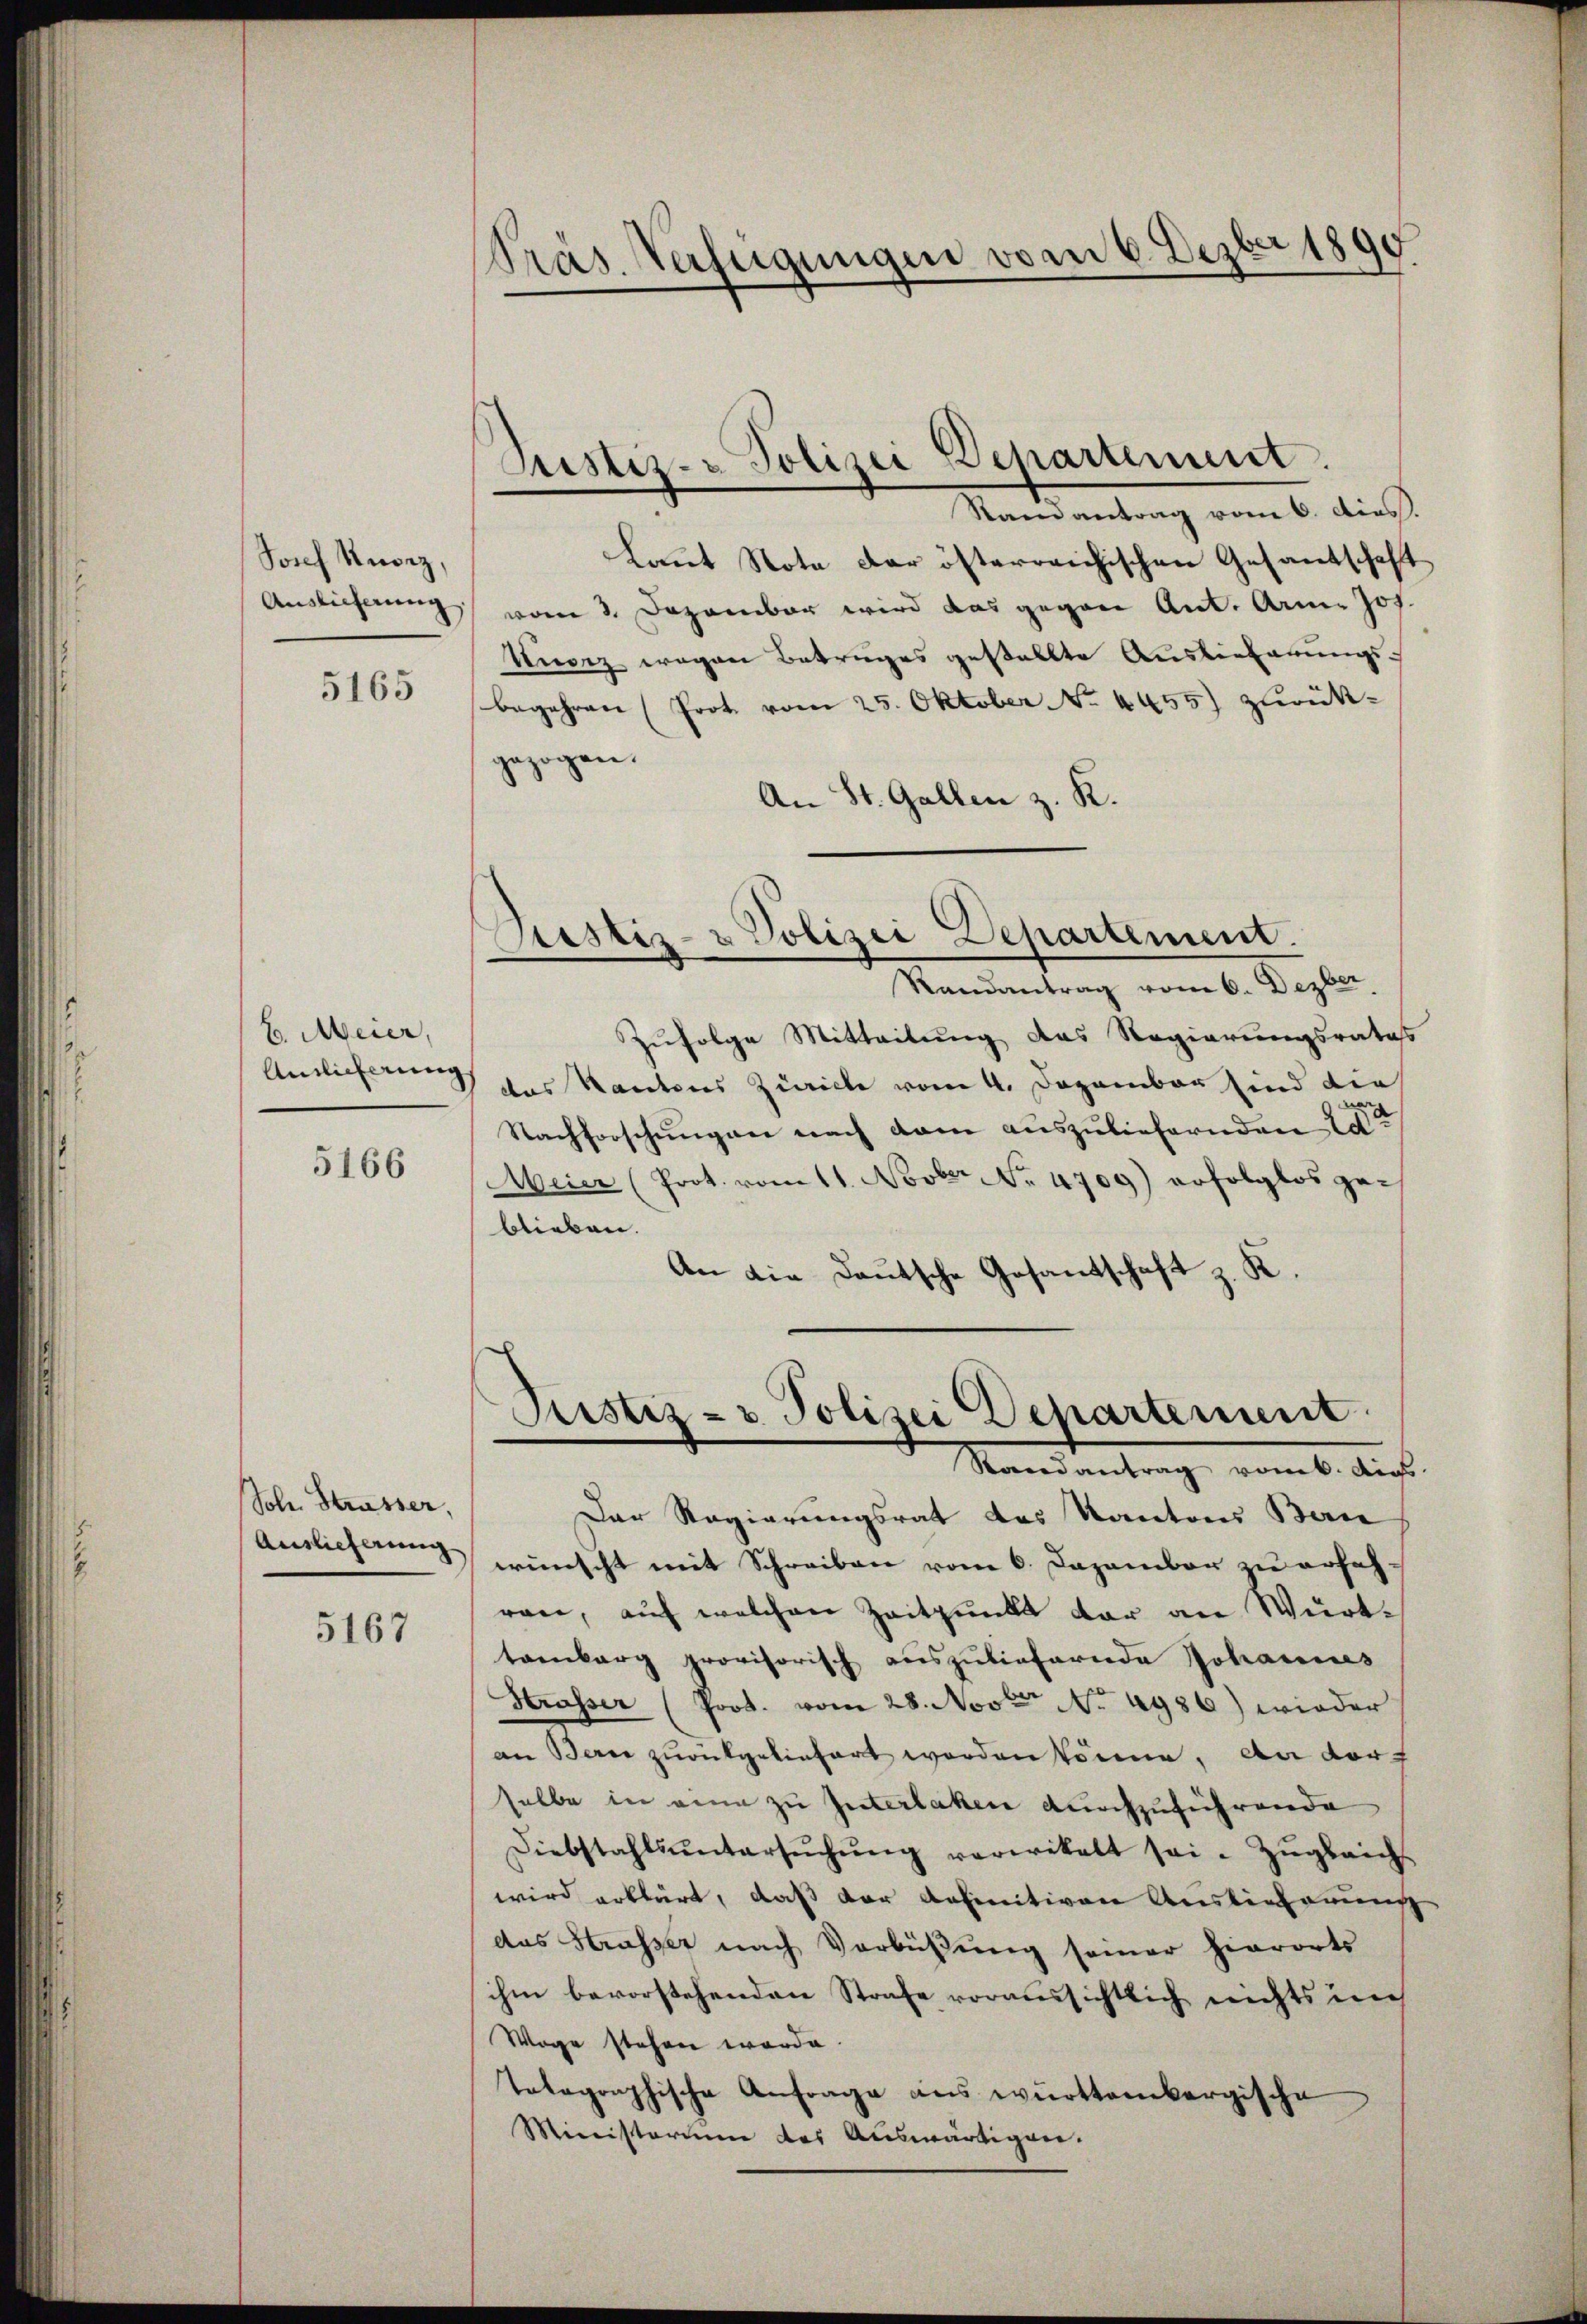
Josef Ruorz,
Auslicherung

5165

E. Meier,
Ainlicherung

5166

Johe Strasser,
Auslieferung

5167

Pras Verfügungen vom 6. Dezber 1891

Samantrag vom 6. dies.
Laut Note der österreichischen Gesantschaft
vom 3. Dezember wird das gegen Ant. Arme Jos.
Kurz wegen Betruges gestellte Auslieferungsbegehren (Prot. vom 25. Oktober No. 4455) zurückgezogen.
An St. Gallen z. K.
Randantrag vom 6. Dezber
Zufolge Mitteilung das Regierungsratas
das Kantons Zürich vom 4. Dezember sind die
Nachforschungen nach dam auszuliefernden Litte
Meier (Prot. vom 11. Novber No. 4709) erfolglos ge-
blieben.
An die Deutsche Gesandtschaft z. K.
Justiz- u. Polizei Departement
Randantrag vom 6. dies
Der Regierungsrat des Kantons Ban
wünscht mit Schreiben vom 6. Dezember zu erfahren, auf welchen Zeitpunkt dar an Württamberg provisorisch auszuliefernde Johannes
Strasser (Prot. vom 28. Novt No 4986) wieder
an Bern zurükgeliefert worden könne, an der
selbe in eine zu Interlaken durchzuführende
Diebstahlsŭntersŭchŭng verwikalt sei. Zŭgleich
wird erklärt, daß der befinitiven Auslieferung
das Strasser nach Verbüßung seiner hierorts
ihm bevorstehenden Strafe voraussichtlich nichts nach
Wage stehen werde.
Telegraphische Anfrage ans württembergische
Ministerium des Auswärtigen.

Justiz- & Polizei Departement.

Pestiz- & Polizei Departement.